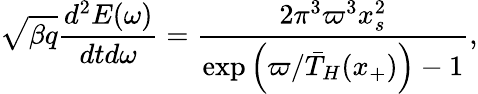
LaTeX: \sqrt{\beta q}\frac{d^{2}E(\omega)}{dtd\omega}=\frac{2\pi^{3}\varpi^{3}x_{s}^{2}}{\exp\left(\varpi/\bar{T}_{H}(x_{+})\right)-1},